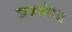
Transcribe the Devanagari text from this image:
प्रवर्तते॥